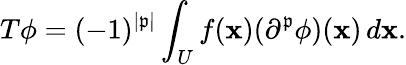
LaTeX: T\phi=(-1)^{|\mathfrak{p}|}\int_{U}f(\mathbf{x})(\partial^{\mathfrak{p}}\phi)(\mathbf{x})\, d\mathbf{x}.